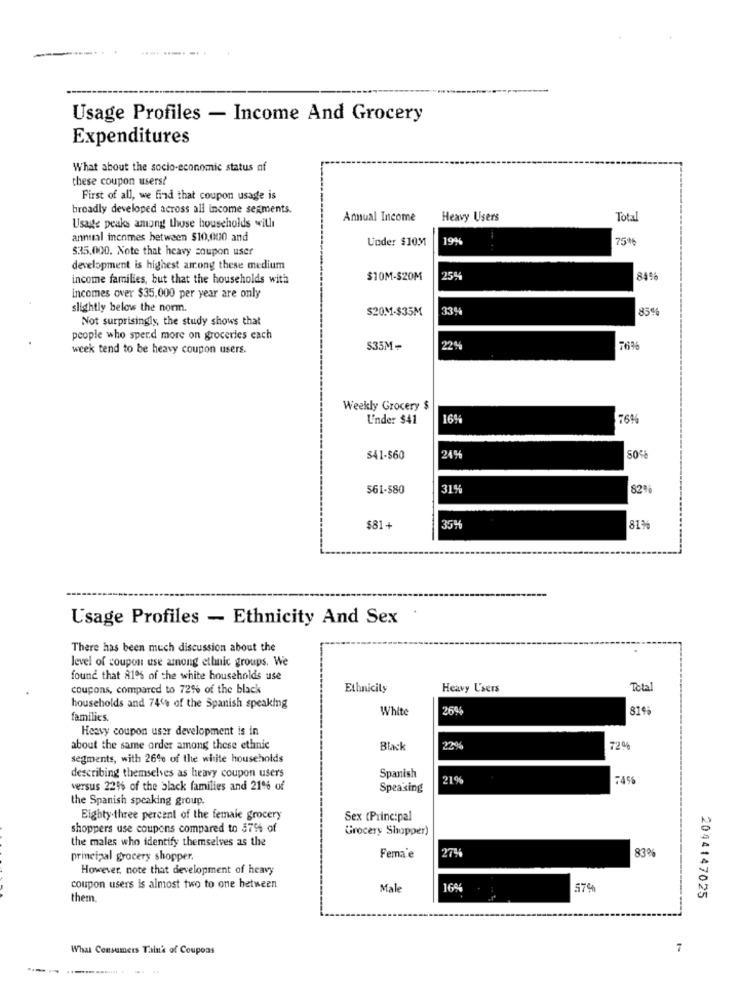
Usage Profiles - Income And Grocery
Expenditures
What about the socio-economic status of
these coupon users?
First of all, we find that coupon usage is
broadly developed across all income segments.
Annual Income
Heavy Users
Total
Usage peaks among those households willi
anniml incomes between $10,0010 and
Under $10M
19;
75%
$35.000. Note that heavy coupon user
development is highest among these medium
income families, but that the households with
$10M-S20M
254
849
incomes over $35,000 per year are only
slightly below the norm.
$20M-$35M
334
35%
Not surprisingly, the study shows that
people who spend more on groceries each
week tend to be heavy coupon users.
535M
22%
Weekly Grocery $
L'nder $41
164
76%
$41-$60
219
50%
561-580
82%
$81+
35H
81%
Usage Profiles - Ethnicity And Sex
There has been much discussion about the
level of coupon use among ethnic groups. We
found that 810% of the white households use
coupons, compared to 72% of the black
Ethnicity
Heavy Users
Total
households and 74'% of the Spanish speaking
White
269
819
families.
Heavy coupon user development is in
about the same order among these ethnic
Black
220
72%
segments, with 26% of the white households
describing themselves as heavy coupon users
Spanish
219
versus 221% of the black families and 21% of
Speaking
the Spanish speaking group.
Eighty-three percent of the female grocery
Sex (Principal
shoppers use coupons compared to 376 of
Grocery Shopper)
the males who identify themselves as the
83%
principal grocery shopper.
Fema e
However, note that development of heavy
coupon users is almost two to one between
Male
16%
57%
them.
2044147025
What Consumers Tain'a of Coupons
7